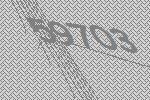
59703